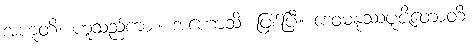
အဟူတိ၊ ဟူသည်ကား။ အဟောသိ၊ ဖြစ်ပြီ။ ဒေဝမနုဿပူဇိတောတိ၊